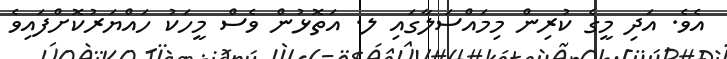
އެވެ. އަދި މީގެ ކުރިން މިމައްސަލާގައި ލ. އަތޮޅުން ވެސް މީހަކު ހައްޔަރުކޮށްފައިވެ